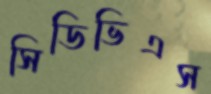
সিডিভিএস